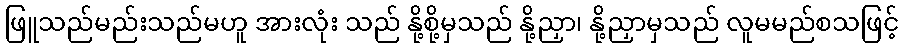
ဖြူသည်မည်းသည်မဟူ အားလုံး သည် နို့စို့မှသည် နို့ညှာ၊ နို့ညှာမှသည် လူမမည်စသဖြင့်